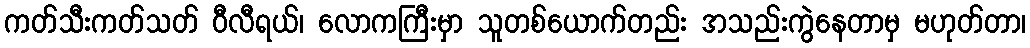
ကတ်သီးကတ်သတ် ဝီလီရယ်၊ လောကကြီးမှာ သူတစ်ယောက်တည်း အသည်းကွဲနေတာမှ မဟုတ်တာ၊